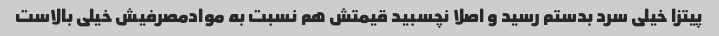
پیتزا خیلی سرد بدستم رسید و اصلا نچسبید قیمتش هم نسبت به موادمصرفیش خیلی بالاست